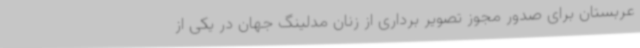
عربستان برای صدور مجوز تصویر برداری از زنان مدلینگ جهان در یکی از